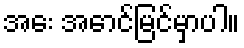
အေး အောင်မြင်မှာပါ။